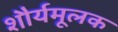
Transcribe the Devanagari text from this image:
शौर्यमूलक